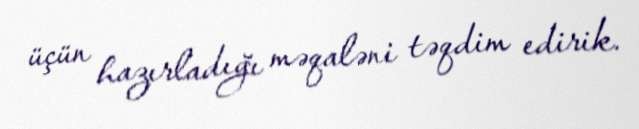
üçün hazırladığı məqaləni təqdim edirik.